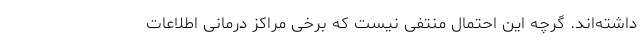
داشته‌اند. گرچه این احتمال منتفی نیست که برخی مراکز درمانی اطلاعات